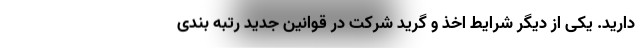
دارید. یکی از دیگر شرایط اخذ و گرید شرکت در قوانین جدید رتبه بندی